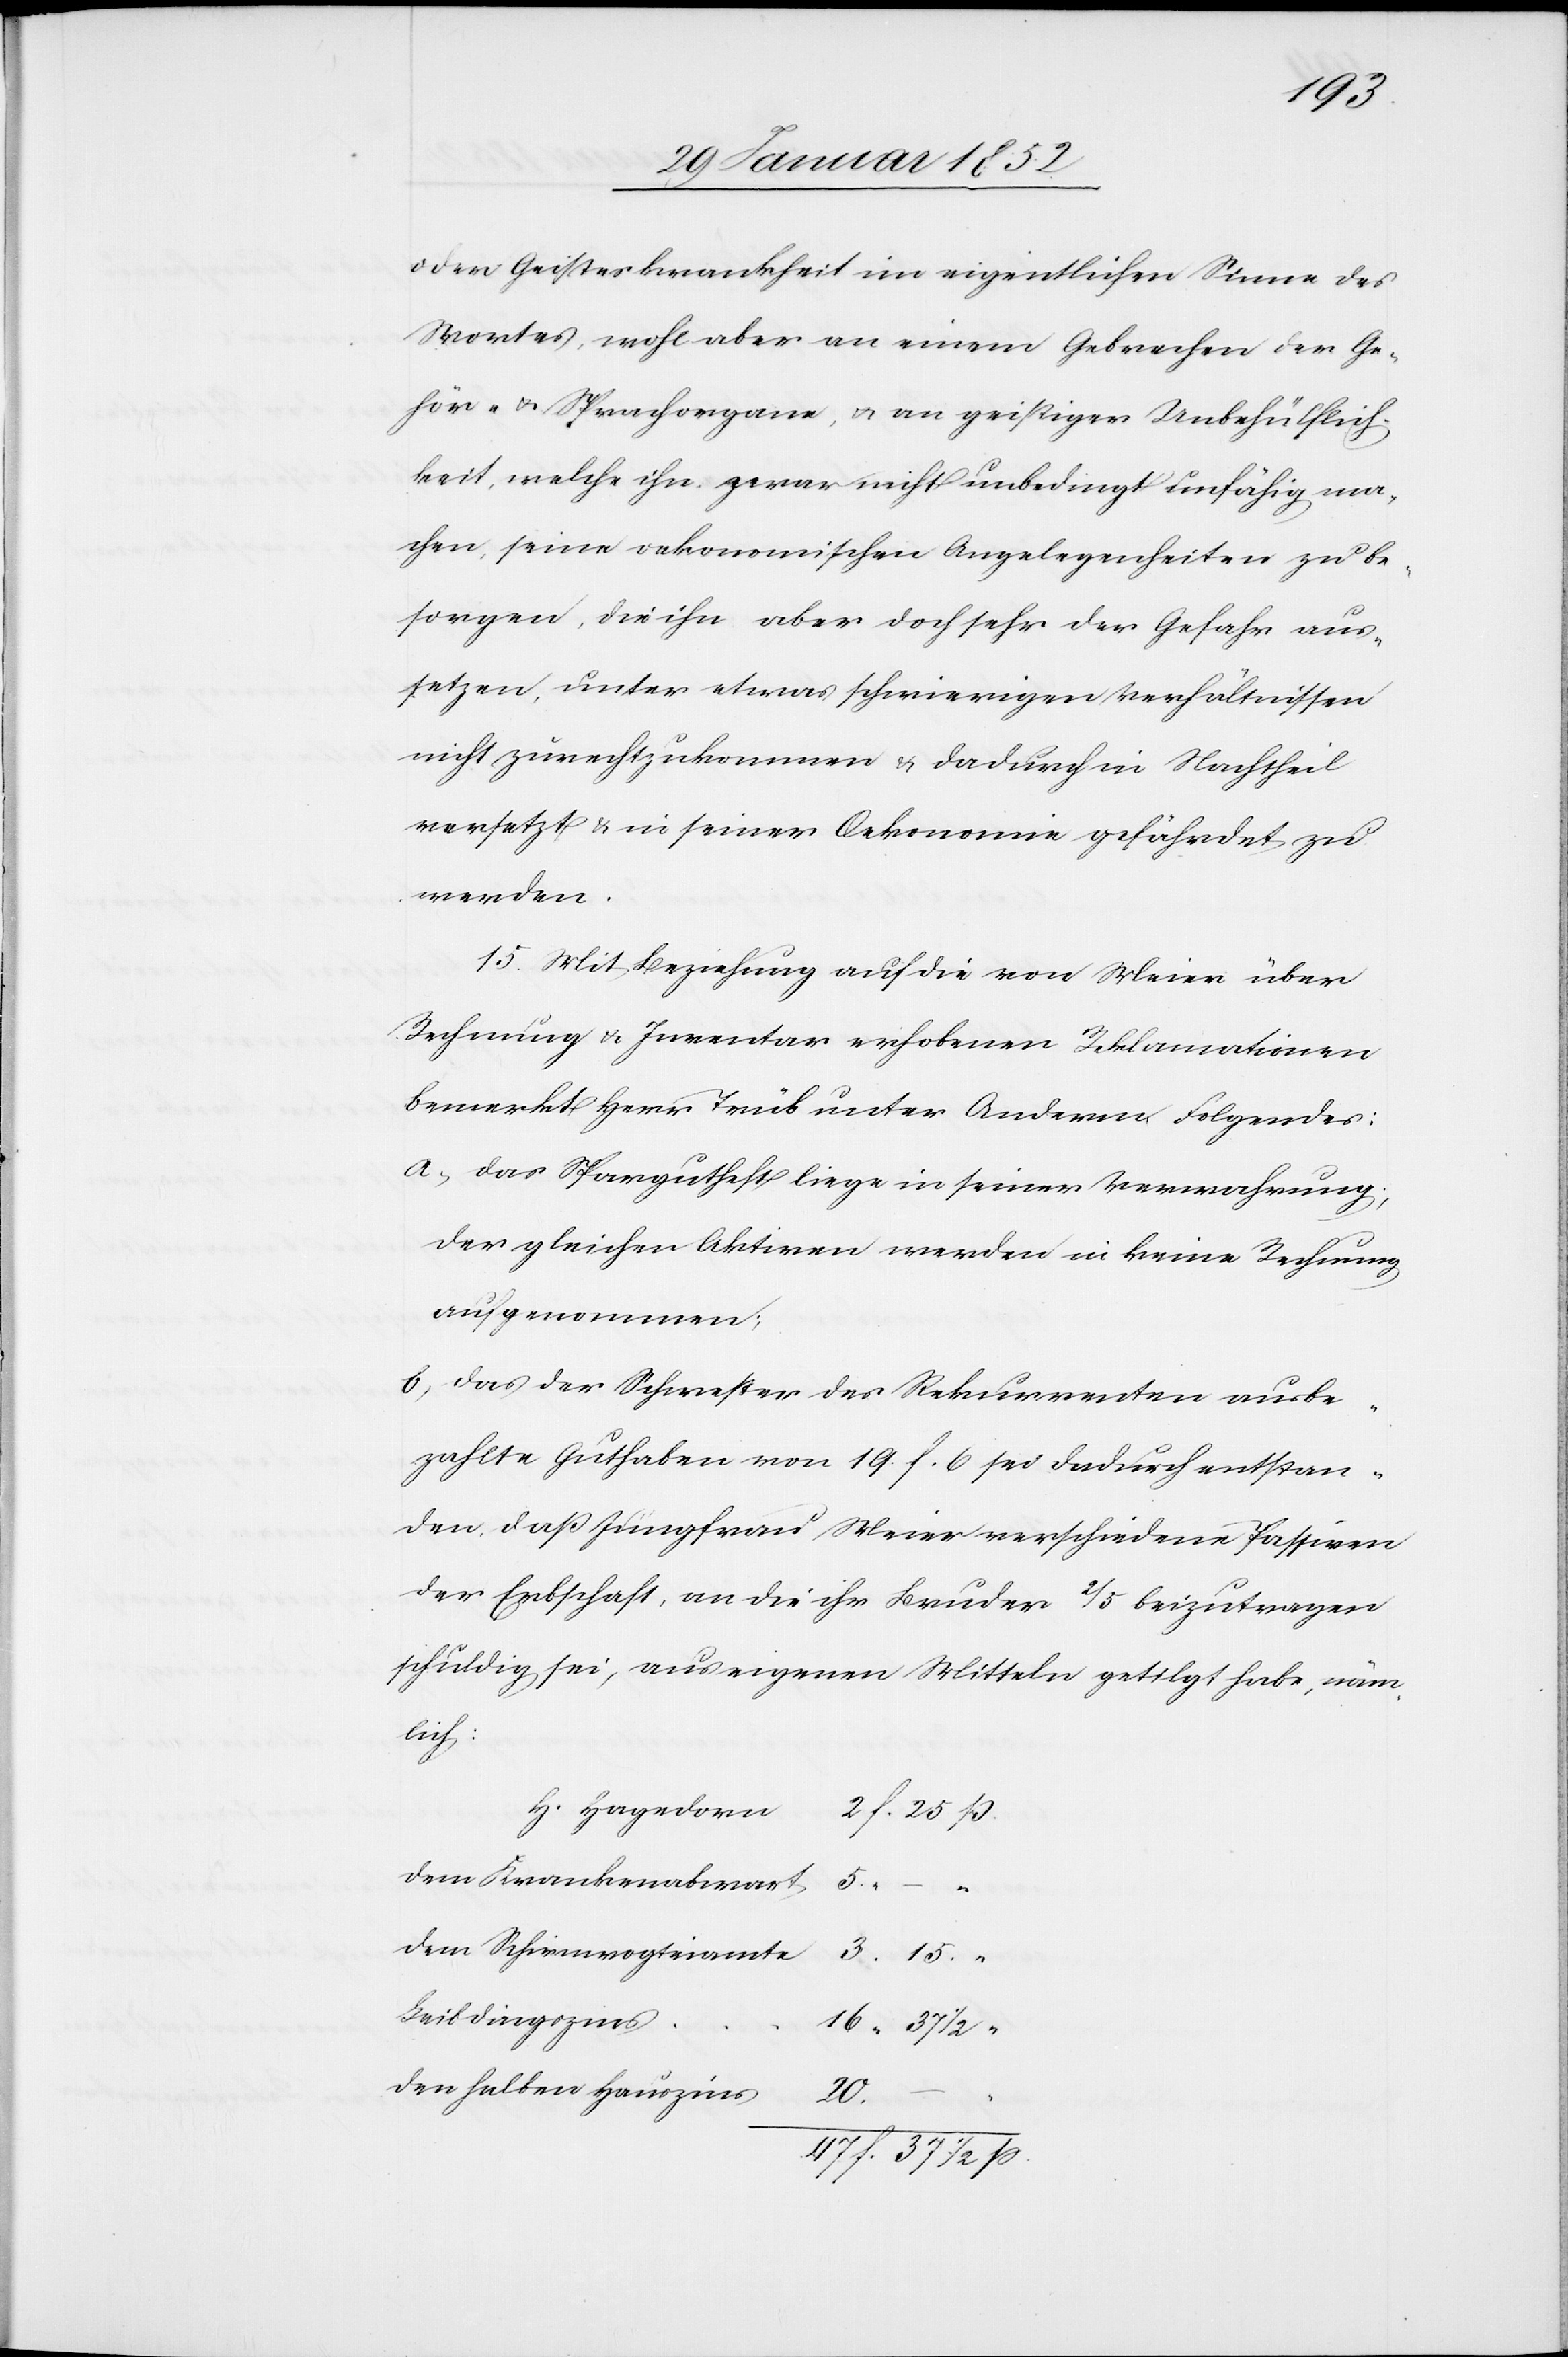
15
oder Geisteskrankheit im eigentlichen Sinne des
Wortes, wohl aber an einem Gebrechen der Ge¬
hör- u. Sprachorgane, u. an geistiger Unbehülflich¬
keit, welche ihn zwar nicht unbedingt unfähig ma¬
chen, seine oekonomischen Angelegenheiten zu be¬
sorgen, die ihn aber doch sehr der Gefahr aus¬
setzen, unter etwas schwierigen Verhältnissen
nicht zurechtzukommen u. dadurch in Nachtheil
versetzt u. in seiner Oekonomie gefährdet zu
werden.
15. Mit Beziehung auf die von Meier über
Rechnung u. Inventur erhobenen Reklamationen
bemerkt Herr Trüb unter Anderm Folgendes:
a.) das Spargutheft liege in seiner Verwahrung;
der gleichen Aktiven werden in keine Rechnung
aufgenommen,
b) das der Schwester des Rekurrenten ausbe¬
f.
zahlte Guthaben von 19. f. 6 sei dadurch entstan¬
den daß Jungfrau Meier verschiedene Passiven
der Erbschaft, an die ihr Bruder 2/5 beizutragen
schuldig sei, aus eigenen Mitteln getilgt habe, näm¬
lich
H. Hagendorn
dem Krankenabwart
5
dem
Leibdingszins
den halben Hauptzins
47